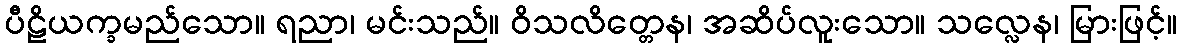
ပီဠိယက္ခမည်သော။ ရညာ၊ မင်းသည်။ ဝိသလိတ္တေန၊ အဆိပ်လူးသော။ သလ္လေန၊ မြားဖြင့်။